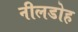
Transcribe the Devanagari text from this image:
नीलडोह